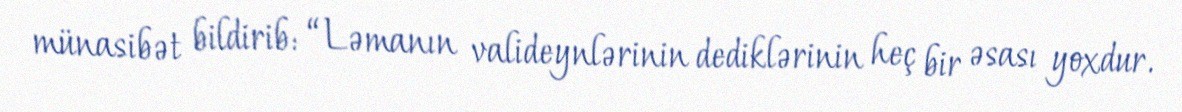
münasibət bildirib: “Ləmanın valideynlərinin dediklərinin heç bir əsası yoxdur.